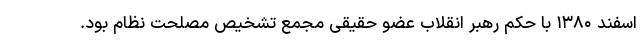
اسفند ۱۳۸۰ با حکم رهبر انقلاب عضو حقیقی مجمع تشخیص مصلحت نظام بود.